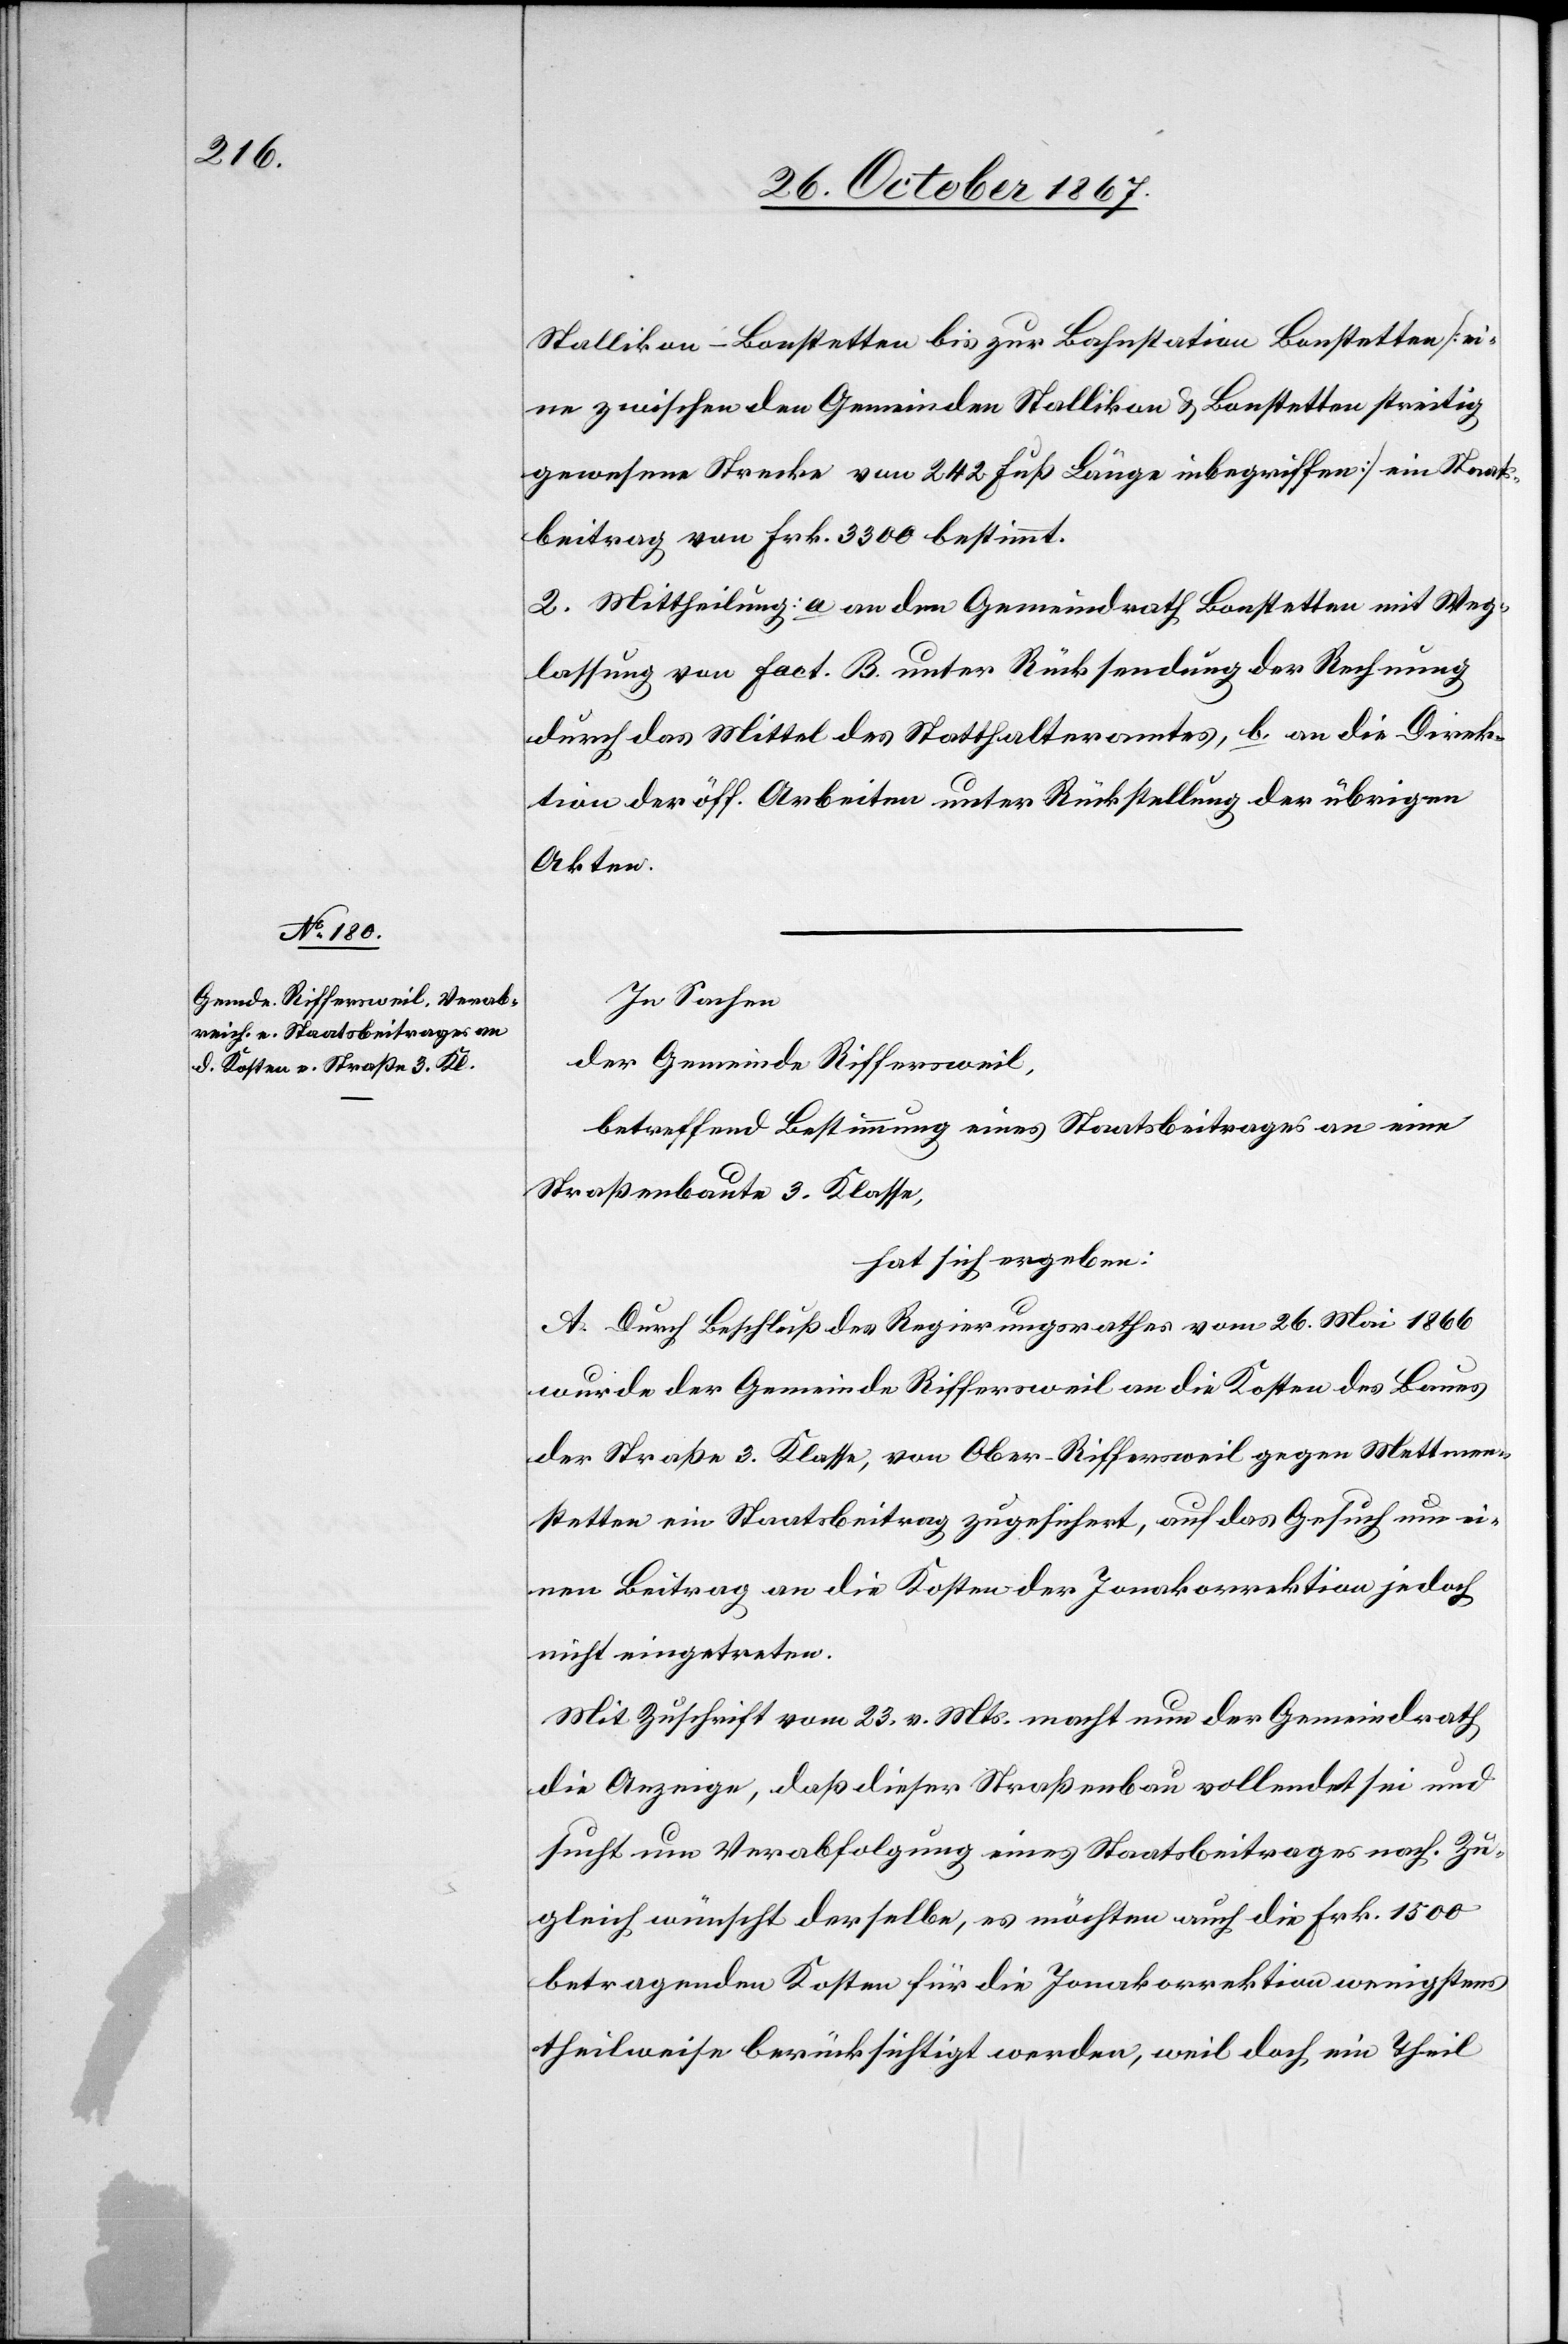
Stallikon-Bonstetten bis zur Bahnstation Bonstetten [ei¬
ne zwischen den Gemeinden Stallikon u. Bonstetten streitig
gewesene Strecke von 242 Fuß Länge inbegriffen] ein Staats¬
beitrag von Frk. 3300 bestimmt.
2. Mittheilung: a. an den Gemeindrath Bonstetten mit Weg¬
lassung von Fact. B unter Rücksendung der Rechnung
durch das Mittel des Statthalteramtes, b. an die Direk¬
tion der öff. Arbeiten unter Rückstellung der übrigen
Akten.
In Sachen
der Gemeinde Riffersweil,
betreffend Bestimmung eines Staatsbeitrages an eine
Straßenbaute 3. Klasse,
hat sich ergeben:
A. Durch Beschluß des Regierungsrathes vom 26. Mai 1866
wurde der Gemeinde Riffersweil an die Kosten des Baues
der Straße 3. Klasse, von Ober-Riffersweil gegen Mettmen¬
stetten ein Staatsbeitrag zugesichert, auf das Gesuch um ei¬
nen Beitrag an die Kosten der Jonakorrektion jedoch
nicht eingetreten.
Mit Zuschrift vom 23. v. Mts. macht nun der Gemeindrath
die Anzeige, daß dieser Straßenbau vollendet sei und
sucht um Verabfolgung eines Staatsbeitrages nach. Zu¬
gleich wünscht derselbe, es möchten auch die Frk. 1500
betragenden Kosten für die Jonakorreketion wenigstens
theilweise berücksichtigt werden, weil doch ein Theil